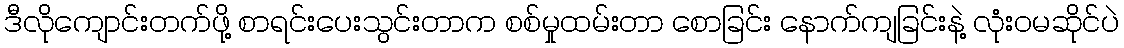
ဒီလိုကျောင်းတက်ဖို့ စာရင်းပေးသွင်းတာက စစ်မှုထမ်းတာ စောခြင်း နောက်ကျခြင်းနဲ့ လုံးဝမဆိုင်ပဲ